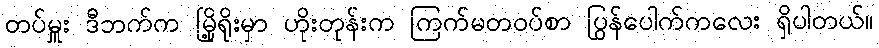
တပ်မှူး ဒီဘက်က မြို့ရိုးမှာ ဟိုးတုန်းက ကြက်မတဝပ်စာ ပြွန်ပေါက်ကလေး ရှိပါတယ်။